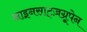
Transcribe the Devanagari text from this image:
आइनसाट्ज़ग्रूपेन